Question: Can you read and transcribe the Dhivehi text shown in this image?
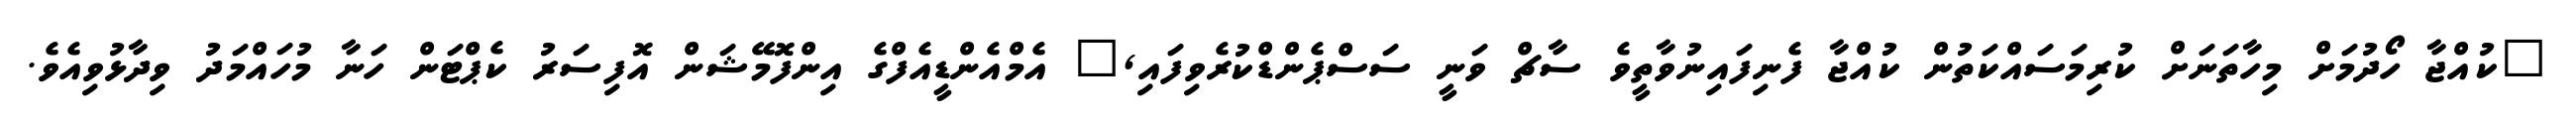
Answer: "ކުއްޖާ ހޯދުމަށް މިހާތަނަށް ކުރިމަސައްކަތުން ކުއްޖާ ފެނިފައިނުވާތީވެ ސާޗް ވަނީ ސަސްޕެންޑްކުރެވިފައި," އެމްއެންޑީއެފްގެ އިންފޮމޭޝަން އޮފިސަރު ކެޕްޓަން ހަނާ މުހައްމަދު ވިދާޅުވިއެވެ.